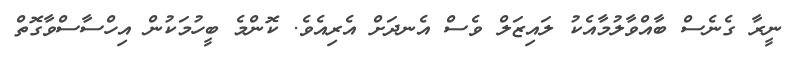
ނީރާ ގެނެސް ބާއްވާލުމާއެކު ލައިޒަލް ވެސް އެނދަށް އެރިއެވެ. ކޮންމެ ބީހުމަކުން އިހްސާސްވާގޮތް